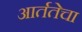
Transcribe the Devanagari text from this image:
आर्ततेचा